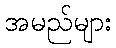
အမည်များ